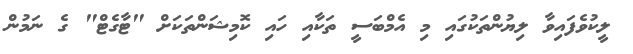
ލީކުވެފައިވާ ލިޔުންތަކުގައި މި އެމްބަސީ ތަކާއި ހައި ކޮމިޝަންތަކަށް "ޓާގެޓް" ގެ ނަމުން